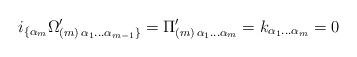
LaTeX: \begin{align*}i_{\{\alpha_m} \Omega' _{(m)\,\alpha_1 \dots \alpha_{m-1}\}} =\Pi'_{(m)\,\alpha_1\dots\alpha_m} = k_{\alpha_1\dots\alpha_m} = 0\end{align*}